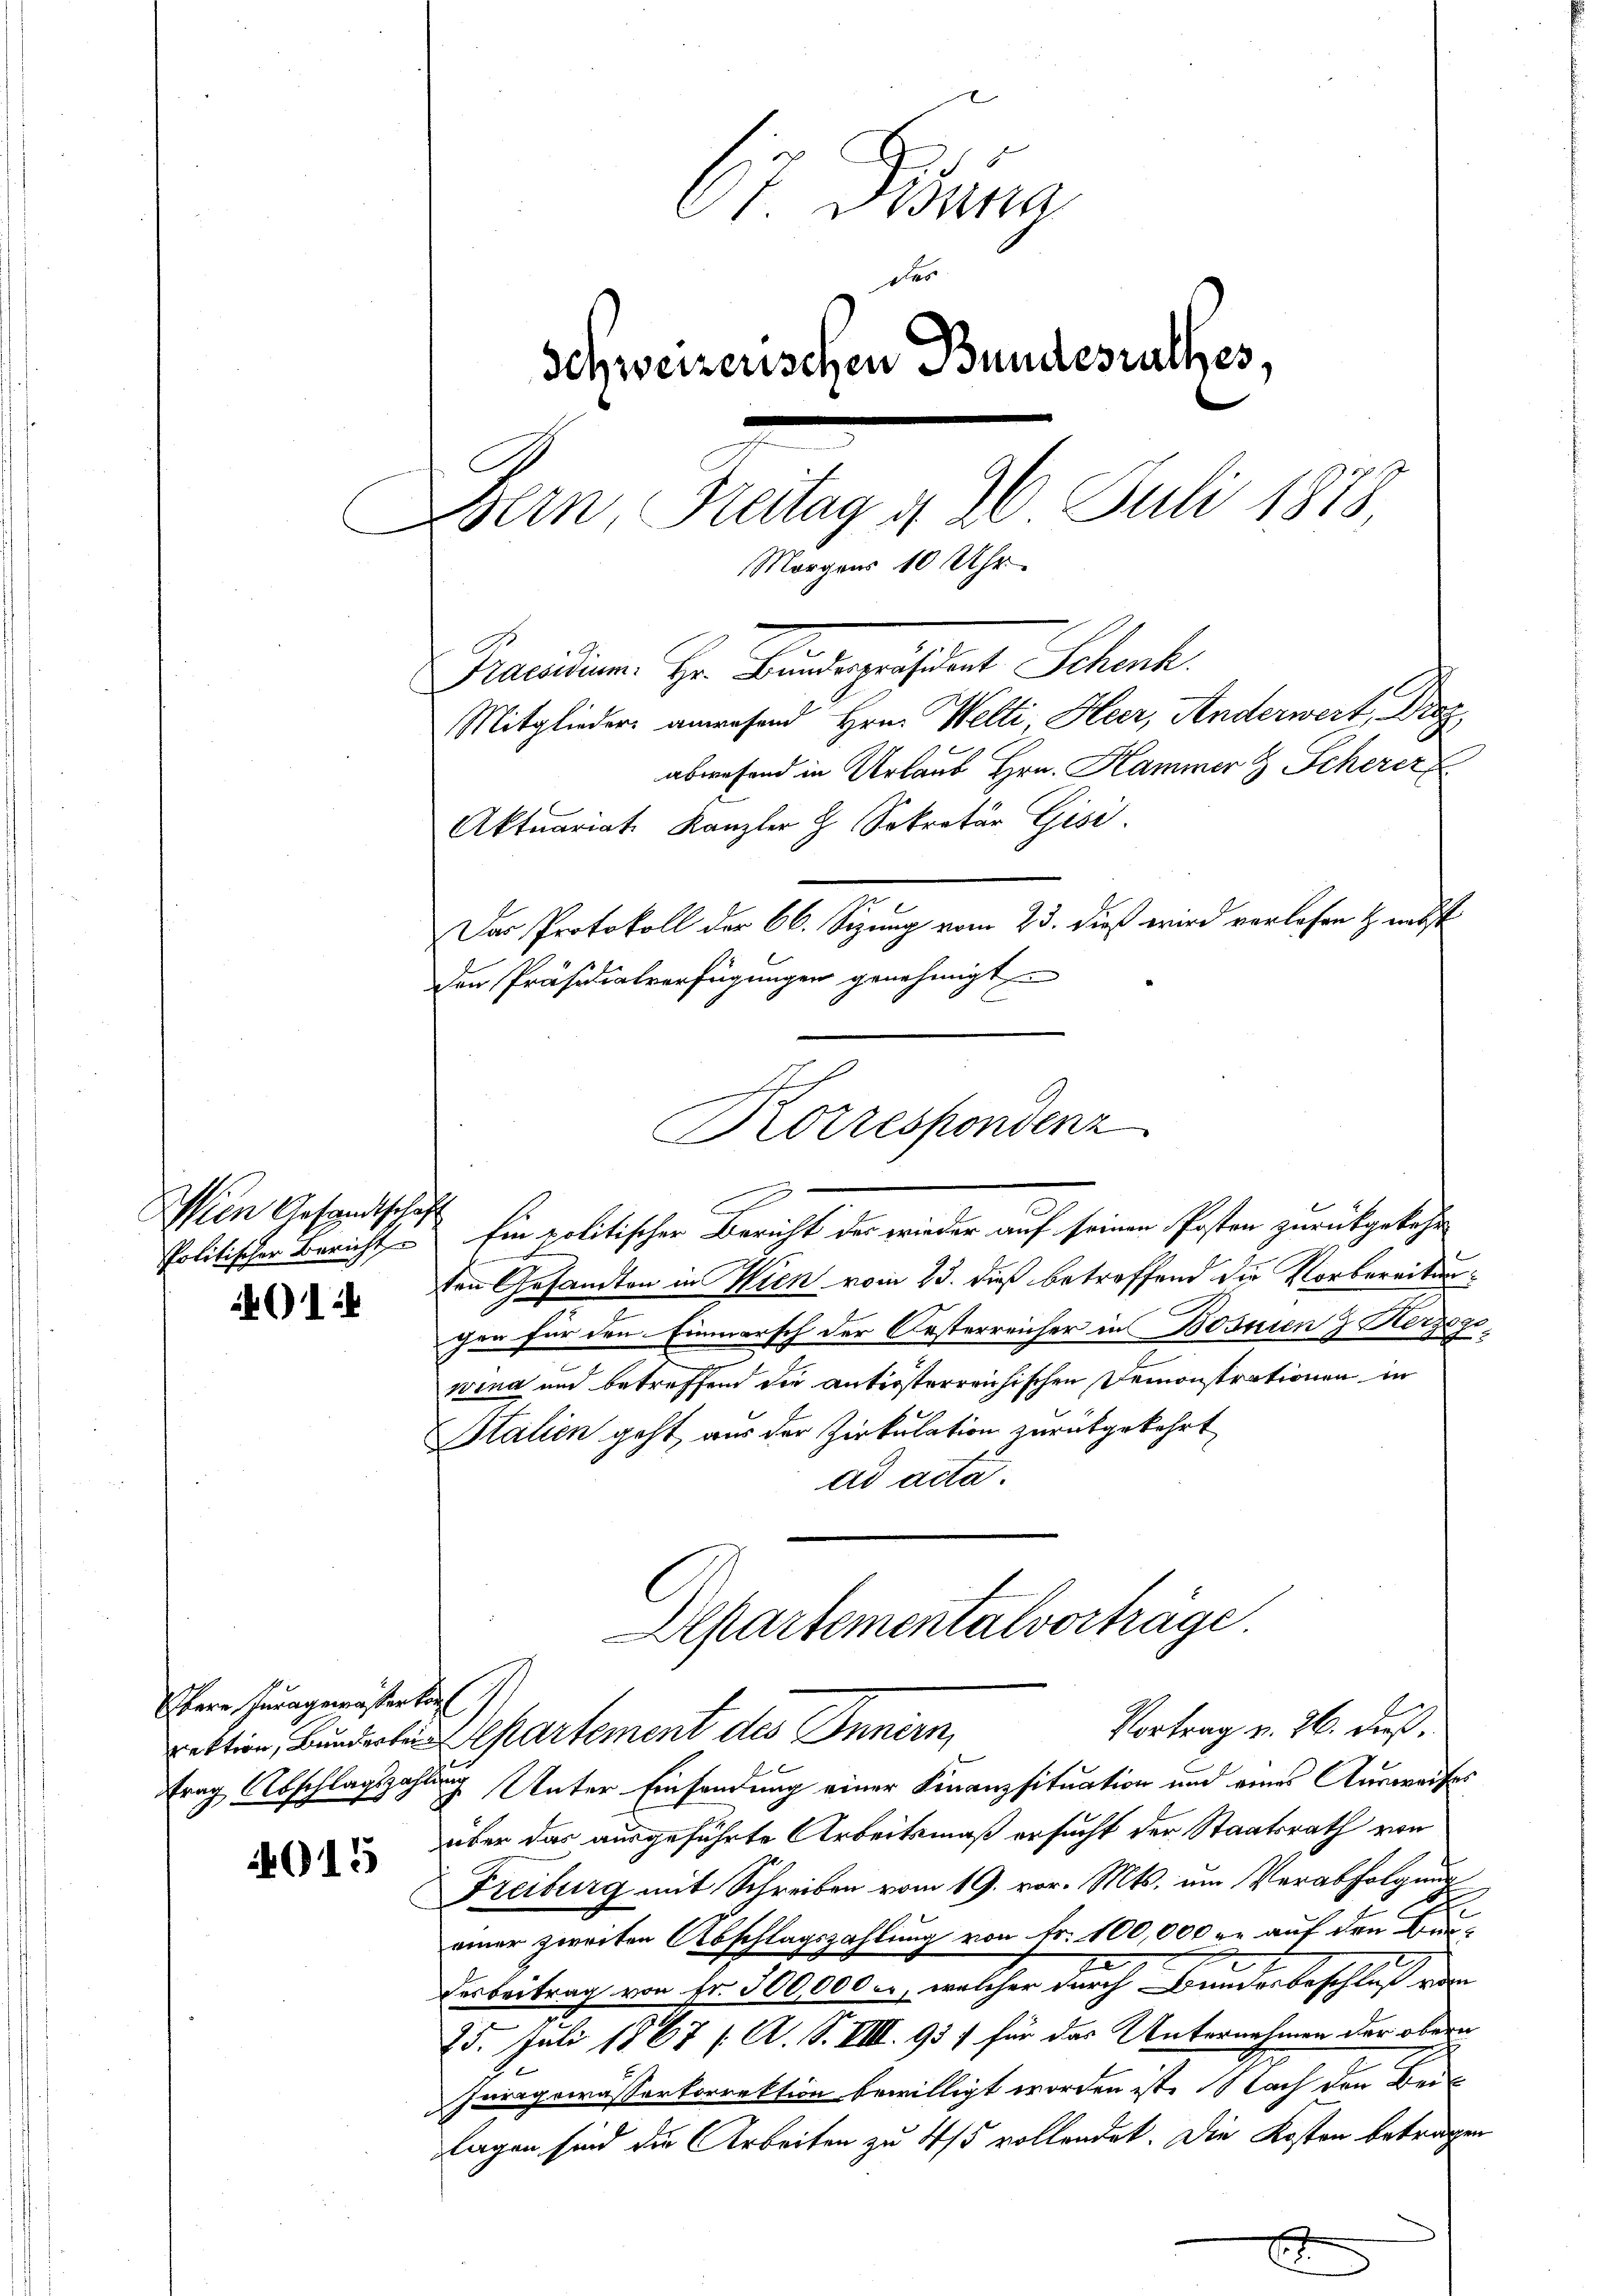
Wien Gesandtschaf

4614

Herr Jura gemäßen kon

15

67. Dana
des
Schweizerischen Bundesrathes,
ern, Reitag d. 26 Juli 1878
Morgens 10 Uhr
Graciation Hr. Handergestant Schank
Mitglieder anwesend Hrn. Welti Heer, Anderwert, Droz.
abwesend in Urlaub Hrn. Kammer & Scherer
Aktuariat. Kanzler H. Sekretär Gisi
Das Protokoll der 66. Sizung vom 23. dieß wird verlesen & nebst
Den Präsidialverfügungen genehmigt

Korrespondenz

Alpartementalvorträge.
Vortrag v. 26. dieß.
rektion, Bunderte Separtement des Innern,

Politischen Bericht Ein politischer Bericht der wieder auf seinen Posten zurückgekehr
ten Gesandten in Wien vom 23. dieß betreffend die Vorbereitungen für den Einmarsch der Oesterreicher in Bosnien & Herzogewina und betreffend die antrösterreichischen Demonstrationen in
Italien geht aus der Zirkulation zurükgekehrt
ad acta.

trag Abschlagszahlung Unter Einsendung einer Finanzsituation und eines Ausweises
über das ausgeführte Arbeitsmaß ersucht der Staatsrath von
Freiburg mit Schreiben vom 19. vor. Mts. um Verabfolgung
c
einer zweiten Abschlagszahlung von Fr. 100,000 r. auf den Bur-
Verbeitrag von Fr. 300,000 c., welcher durch Bunderbeschluß von
25. Juli 1867 /A. S. VIII. 95) für das Unternehmen der obern
Juragewässerkorrektion bewilligt worden ist. Nach den Beilagen sind die Arbeiten zu 4/5 vollendet. Die Kosten beträgen